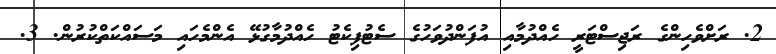
2. ރަށްވެހިންގެ ރަޖިސްޓަރީ ހެއްދުމާއި އުފަންދުވަހުގެ ސެޓުފިކެޓު ހެއްދުމާގުޅޭ އެންމެހައި މަސައްކަތްކުރުން. 3.